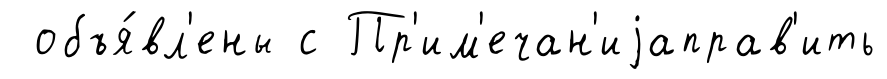
объя́вл'ены с Пр'им'ечан'иjаправ'ить